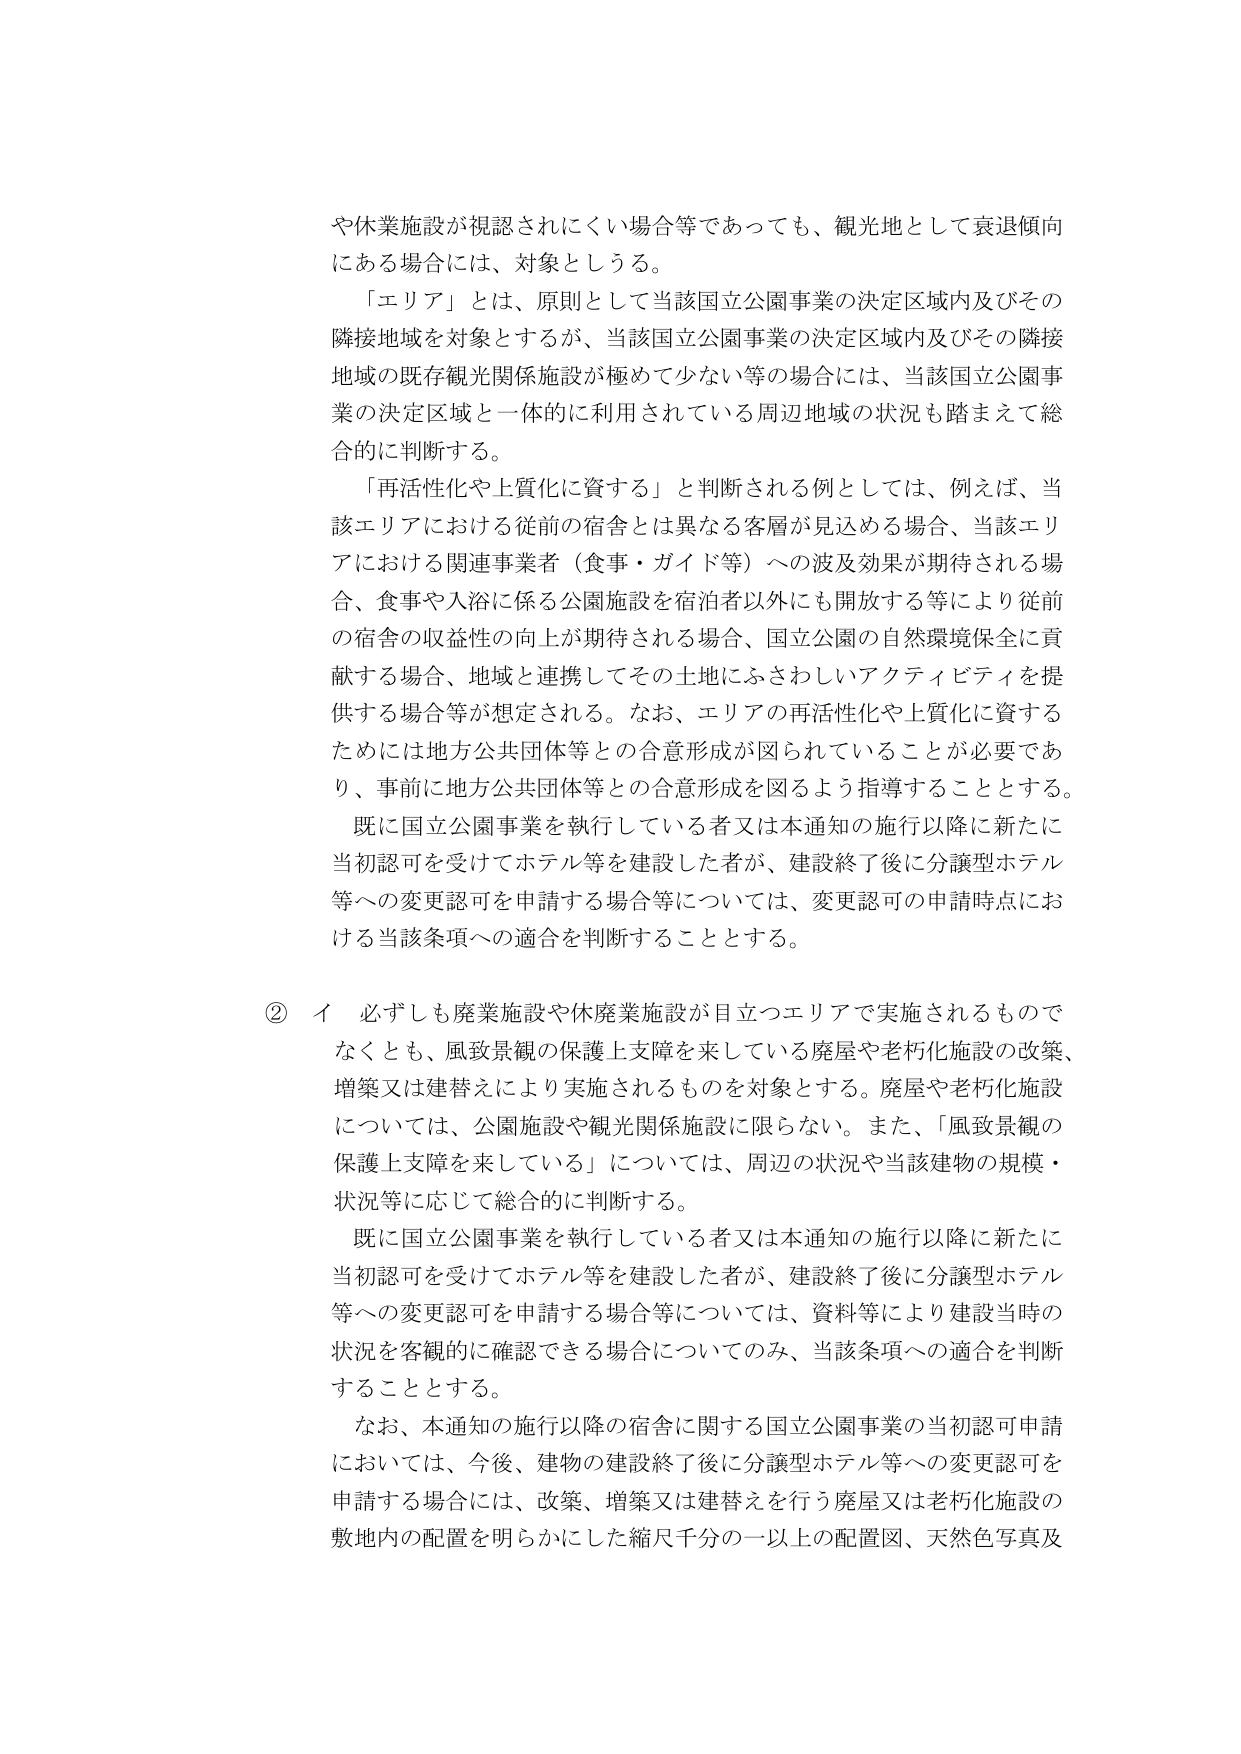
や休業施設が視認されにくい場合等であっても、観光地として衰退傾向にある場合には、対象としろる。

「エリア」とは、原則として当該国立公園事業の決定区域内及びその隣接地域を対象とするが、当該国立公園事業の決定区域内及びその隣接地域の既存観光関係施設が極めて少ない等の場合には、当該国立公園事業の決定区域と一体的に利用されている周辺地域の状況も踏まえて総合的に判断する。

「再活性化や上質化に資する」と判断される例としては、例えば、当該エリアにおける従前の宿舎とは異なる客層が見込める場合、当該エリアにおける関連事業者（食事・ガイド等）への波及効果が期待される場合、食事や入浴に係る公園施設を宿泊者以外にも開放する等により従前の宿舎の収益性の向上が期待される場合、国立公園の自然環境保全に貢献する場合、地域と連携してその土地にふさわしいアクティビティを提供する場合等が想定される。なお、エリアの再活性化や上質化に資するためには地方公共団体等との合意形成が図られていることが必要であり、事前に地方公共団体等との合意形成を図るよう指導することとする。

既に国立公園事業を執行している者又は本通知の施行以降に新たに当初認可を受けてホテル等を建設した者が、建設終了後に分譲型ホテル等への変更認可を申請する場合等については、変更認可の申請時点における当該条項への適合を判断することとする。

② イ 必ずしも廃業施設や休廃業施設が目立つエリアで実施されるものでなくとも、風致景観の保護上支障を来している廃屋や老朽化施設の改築、増築又は建替えにより実施されるものを対象とする。廃屋や老朽化施設については、公園施設や観光関係施設に限らない。また、「風致景観の保護上支障を来している」については、周辺の状況や当該建物の規模・状況等に応じて総合的に判断する。

既に国立公園事業を執行している者又は本通知の施行以降に新たに当初認可を受けてホテル等を建設した者が、建設終了後に分譲型ホテル等への変更認可を申請する場合等については、資料等により建設当時の状況を客観的に確認できる場合についてのみ、当該条項への適合を判断することとする。

なお、本通知の施行以降の宿舎に関する国立公園事業の当初認可申請においては、今後、建物の建設終了後に分譲型ホテル等への変更認可を申請する場合には、改築、増築又は建替えを行う廃屋又は老朽化施設の敷地内の配置を明らかにした縮尺千分の一以上の配置図、天然色写真及